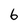
Character: 6